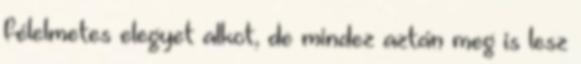
félelmetes elegyet alkot, de mindez aztán meg is lesz